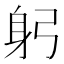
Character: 躬